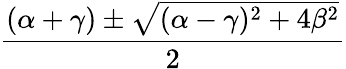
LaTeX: \frac{(\alpha+\gamma)\pm\sqrt{(\alpha-\gamma)^{2}+4\beta^{2}}}{2}